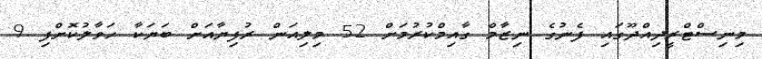
މިނިސްޓްރީދިއްދޫގައި ފެނުގެ ނިޒާމް ގާއިމްކުރުމަށް 52 މިލިއަން ރުފިޔާއަށް ބަޔަކާ ހަވާލުކޮށްފި 9